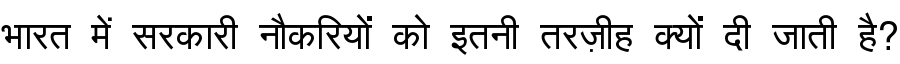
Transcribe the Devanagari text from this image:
भारत में सरकारी नौकरियों को इतनी तरज़ीह क्यों दी जाती है?